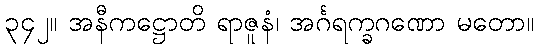
၃၄၂။ အနီကဋ္ဌောတိ ရာဇူနံ၊ အင်္ဂရက္ခဂဏော မတော။